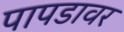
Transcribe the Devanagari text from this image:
पापडावर